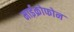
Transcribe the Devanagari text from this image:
माईक्रोफोन